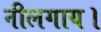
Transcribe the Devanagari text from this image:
नीलगाय।